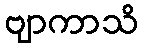
ဗျာကာသိ